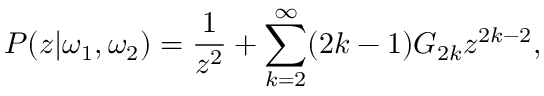
{ \cal P } ( z | \omega _ { 1 } , \omega _ { 2 } ) = \frac { 1 } { z ^ { 2 } } + \sum _ { k = 2 } ^ { \infty } ( 2 k - 1 ) G _ { 2 k } z ^ { 2 k - 2 } ,